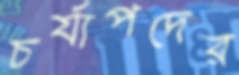
চর্যাপদের